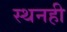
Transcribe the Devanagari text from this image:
स्थनही